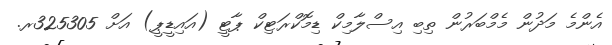
އެންމެ މަދުން މެމްބަރުން ތިބި އިސްލާމިކް ޑިމޮކްރަޓިކް ޕާޓީ (އައިޑީޕީ) އަށް 325305ރ.